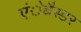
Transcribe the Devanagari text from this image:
एंेबैस्डर